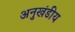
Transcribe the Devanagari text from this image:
अनुखंडीय